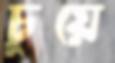
চুয়ে